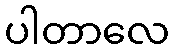
ပါတာလေ